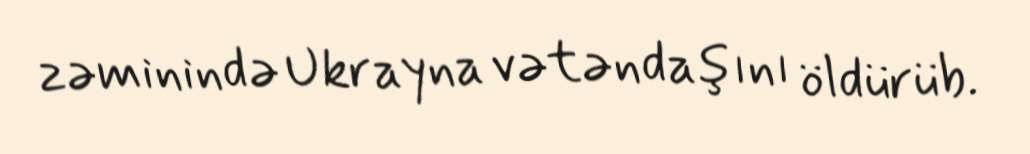
zəminində Ukrayna vətəndaşını öldürüb.